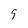
Character: 9